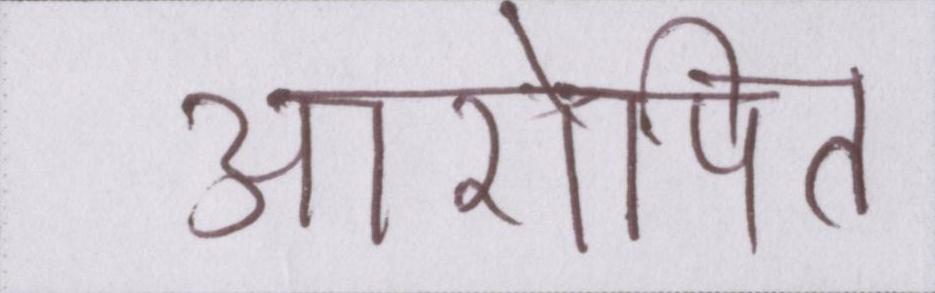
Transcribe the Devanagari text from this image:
आरोपित